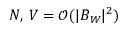
N , \, V = \mathcal { O } ( | B _ { W } | ^ { 2 } )